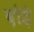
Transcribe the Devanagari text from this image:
दोड़े